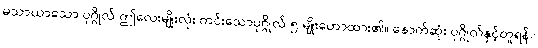
မသာယာသော ပုဂ္ဂိုလ် ဤလေးမျိုးလုံး ကင်းသောပုဂ္ဂိုလ် ၅-မျိုးဟောထား၏။ နောက်ဆုံး ပုဂ္ဂိုလ်နှင့်တူရန်။